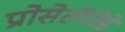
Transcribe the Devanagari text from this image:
प्रोसेलॅरीडे